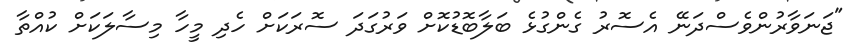
"ޖަނަވާރުންވެސްދަނޭ އެސޮރު ގެންގުޅެ ބަލާބޮޑުކޮށް ވަރުގަދަ ސޮރަކަށް ހެދި މީހާ މިސާލަކަށް ކުއްތާ